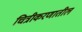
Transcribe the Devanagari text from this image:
चित्रीकरणातील